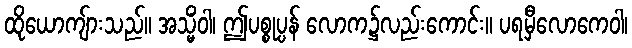
ထိုယောကျ်ားသည်။ အသ္မိံဝါ၊ ဤပစ္စုပ္ပန် လောက၌လည်းကောင်း။ ပရမှီလောကေဝါ၊